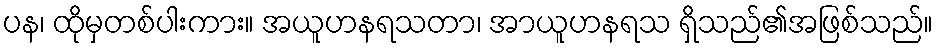
ပန၊ ထိုမှတစ်ပါးကား။ အယူဟနရသတာ၊ အာယူဟနရသ ရှိသည်၏အဖြစ်သည်။